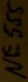
Text: NE555